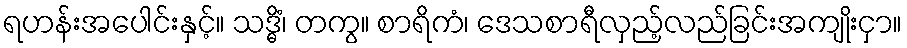
ရဟန်းအပေါင်းနှင့်။ သဒ္ဓိံ၊ တကွ။ စာရိကံ၊ ဒေသစာရီလှည့်လည်ခြင်းအကျိုးငှာ။